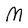
Character: M